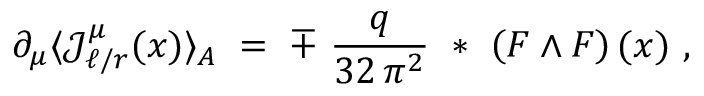
\partial _ { \mu } \langle { \mathcal J } _ { \ell / r } ^ { \mu } ( x ) \rangle _ { A } \; = \; \mp \ \frac { q } { 3 2 \, \pi ^ { 2 } } ~ * ~ \left( F \wedge F \right) ( x ) ~ ,